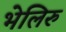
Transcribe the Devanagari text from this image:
भेलिरु